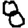
Digit: 8